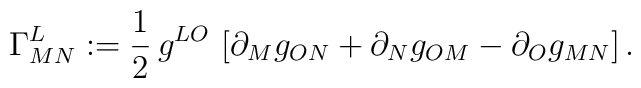
\Gamma^{L}_{M N}  : =  \frac{1}{2} \,  g^{LO}   \,\left[\partial_{M}   g_{O N}   +\partial_{N} g_{O M} - \partial_{O} g_{M N}\right].